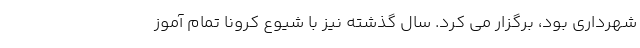
شهرداری بود، برگزار می کرد. سال گذشته نیز با شیوع کرونا تمام آموز